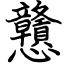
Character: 戇